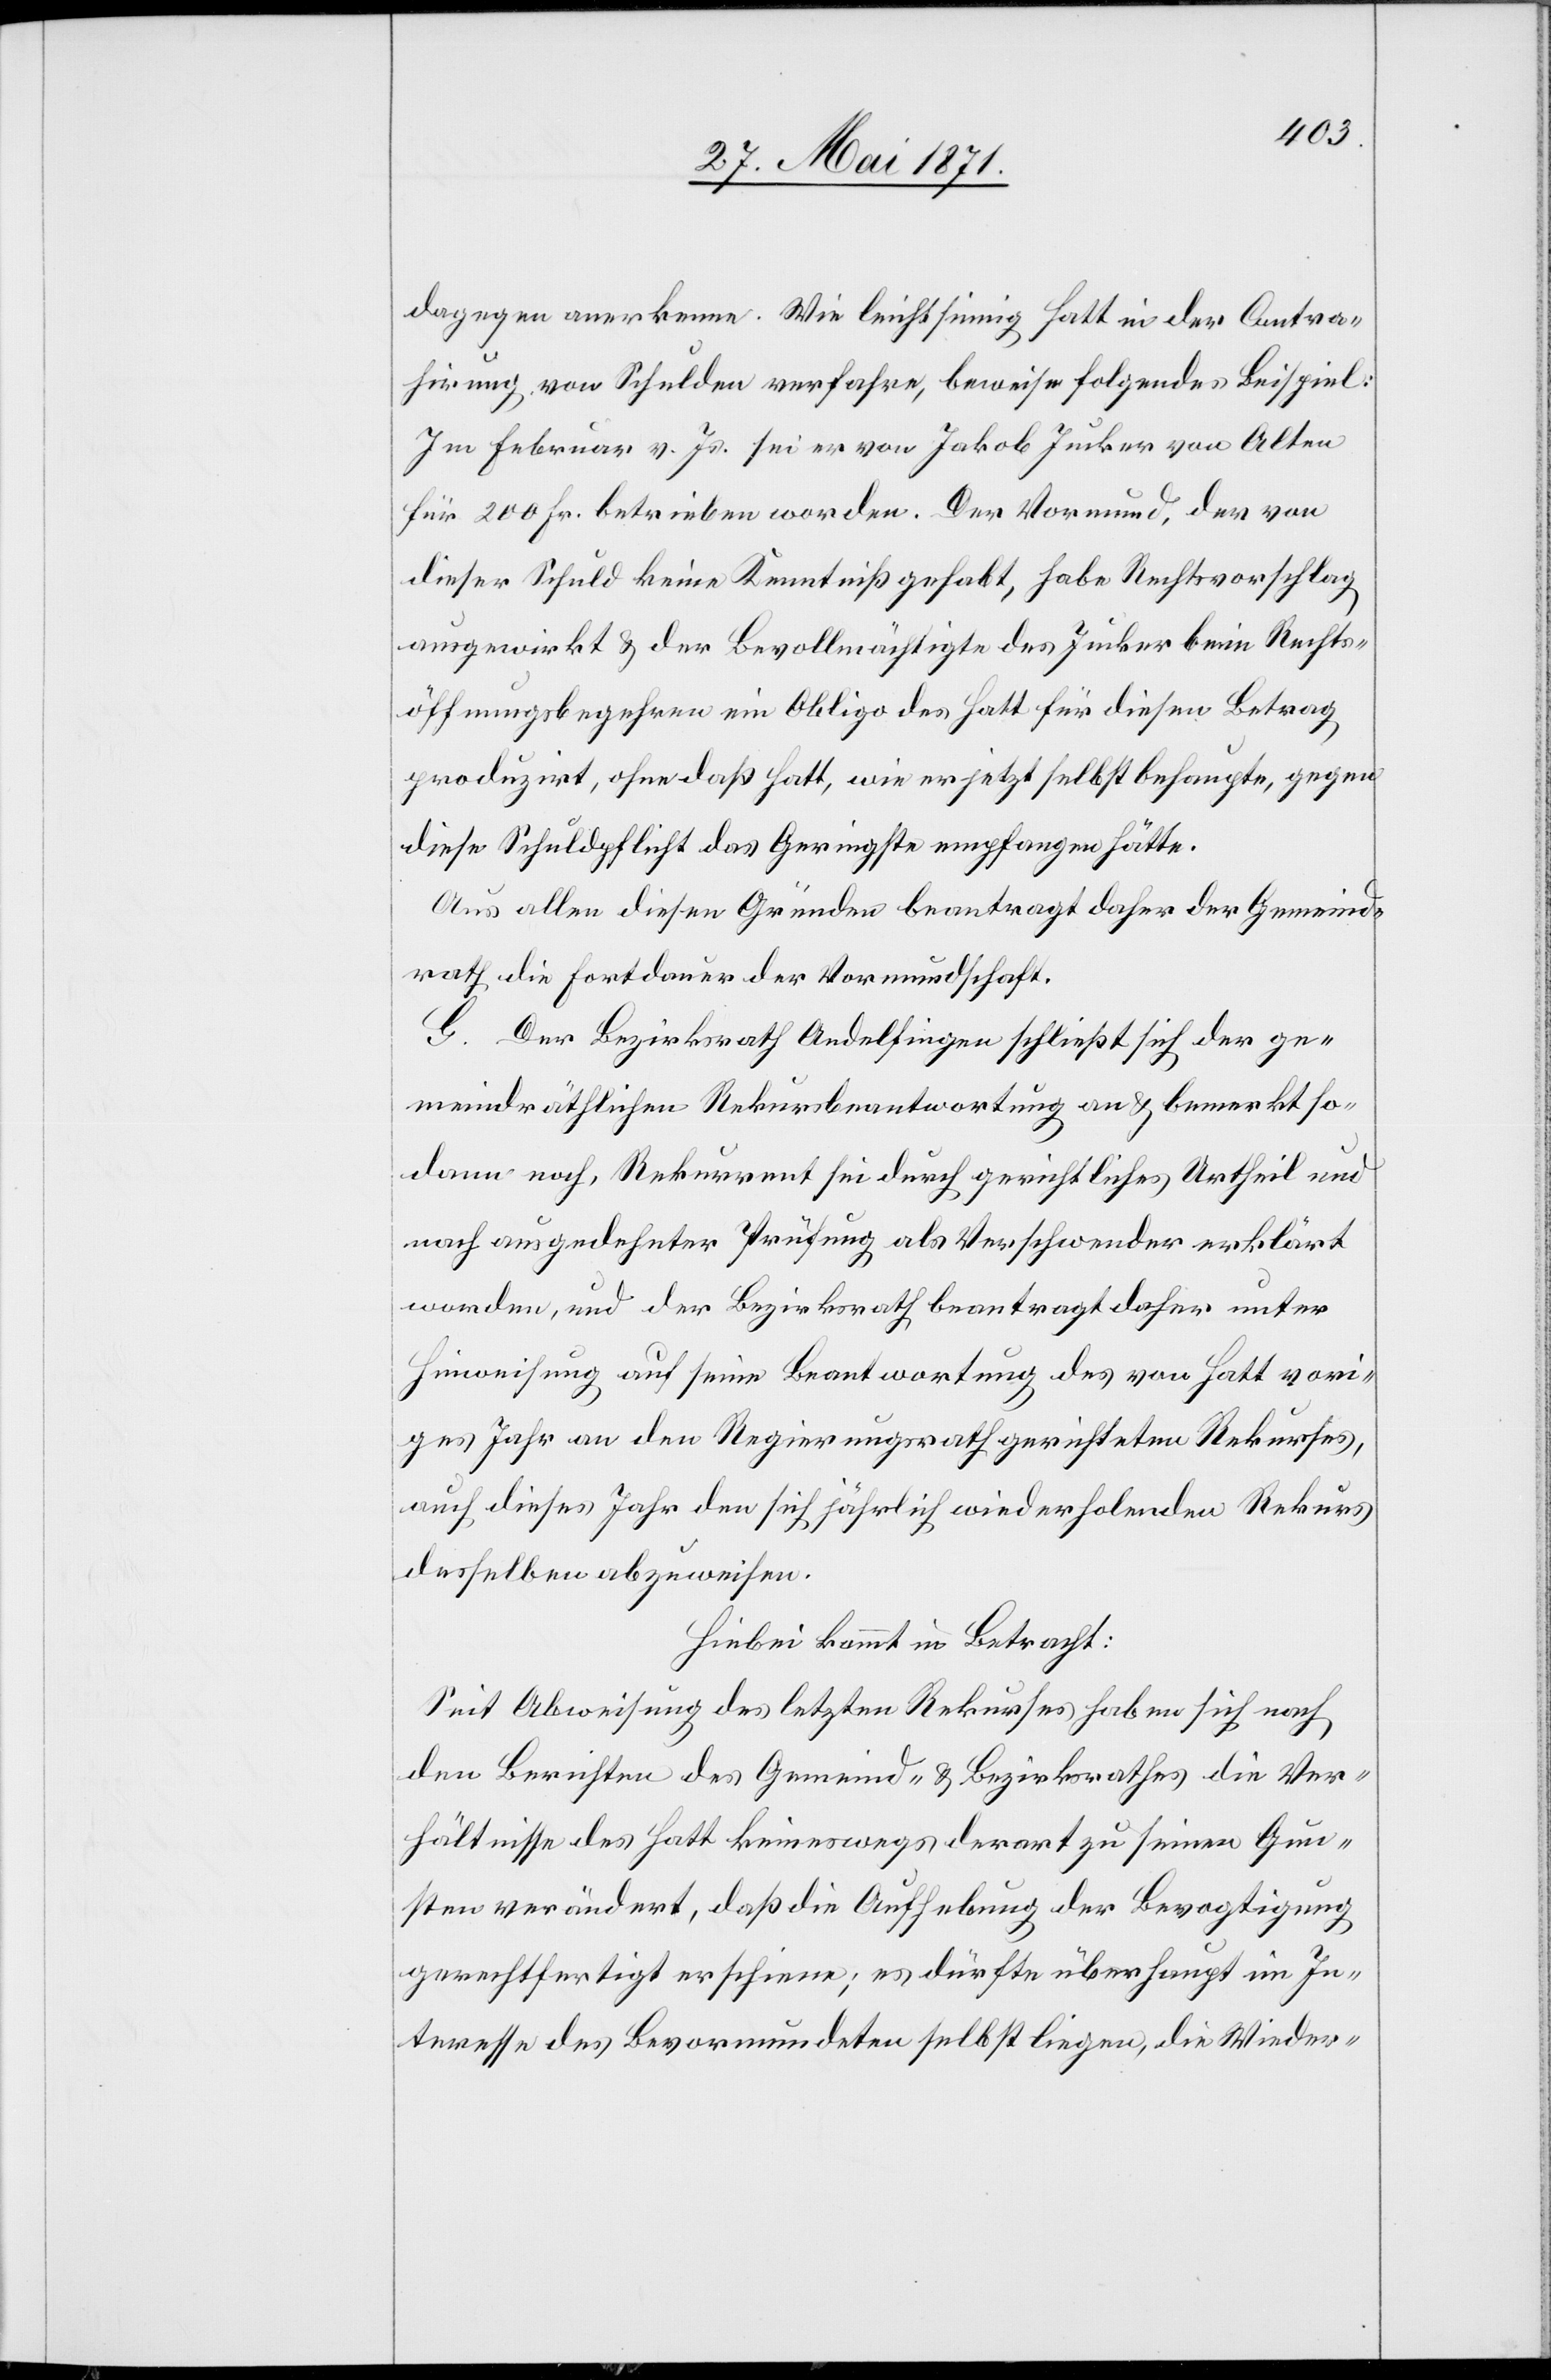
dagegen anerkenne. Wie leichtsinnig Hatt in der Contra¬
hirung von Schulden verfahre, beweise folgendes Beispiel:
Im Februar v. Js. sei er von Jakob Jucker von Alten
für 200 Fr. betrieben worden. Der Vormund, der von
dieser Schuld keine Kenntniß gehabt, habe Rechtsvorschlag
ausgewirkt u. der Bevollmächtigte des Jucker beim Rechts¬
öffnungsbegehren ein Obligo des Hatt für diesen Betrag
produzirt, ohne daß Hatt, wie er jetzt selbst behaupte, gegen
diese Schuldpflicht das Geringste empfangen hätte.
Aus allen diesen Gründen beantragt daher der Gemeind¬
rath die Fortdauer der Vormundschaft.
G. Der Bezirksrath Andelfingen schließt sich der ge¬
meindräthlichen Rekursbeantwortung an u. bemerkt so¬
dann noch, Rekurrent sei durch gerichtliches Urtheil und
nach ausgedehnter Prüfung als Verschwender erklärt
worden, und der Bezirksrath beantragt daher unter
Hinweisung auf seine Beantwortung des von Hatt vori¬
ges Jahr an den Regierungsrath gerichteten Rekurses,
auch dieses Jahr den sich jährlich weiderholenden Rekurs
desselben abzuweisen.
Hiebei kommt in Betracht:
Seit Abweisung des letzten Rekurses haben sich nach
den Berichten des Gemeind- u. Bezirksrathes die Ver¬
hältnisse des Hatt keineswegs derart zu seinen Gun¬
sten verändert, daß die Aufhebung der Bevogtigung
gerechtfertigt erschiene; es dürfte überhaupt im In¬
teresse des Bevormundeten selbst liegen, die Wieder-